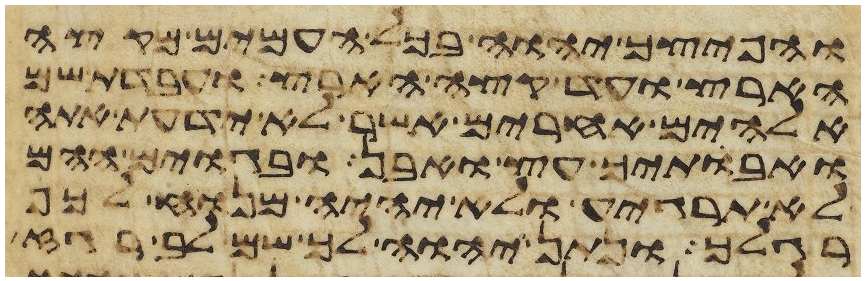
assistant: והפיצך יהוה בכל העמים מקצה
הארץ ועד קצה הארץ ועבדת שם
אלהים אחרים אשר לא ידעת אתה
ואבתיך עץ ואבן ובגוים ההם
לא תרגיע ולא יהיה מנוח לכף
רגלך ונתן יהוה לך שם לב רגז